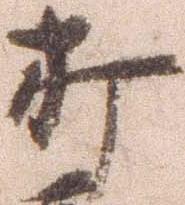
打